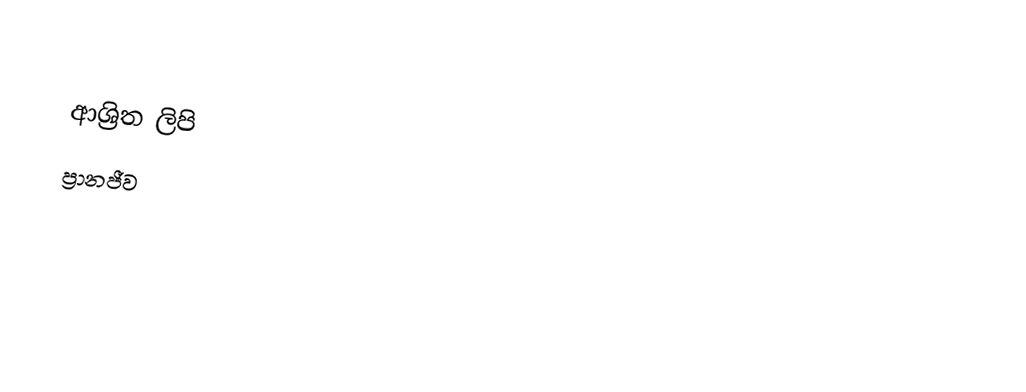

ආශ්‍රිත ලිපි
 ප්‍රානජීව